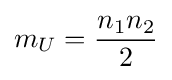
m_{U}={\frac {n_{1}n_{2}}{2}}